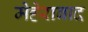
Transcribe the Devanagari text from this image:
मेहेराबाद